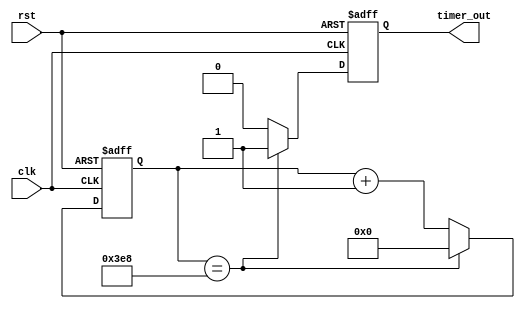
module IntervalTimer (
    input wire clk,
    input wire rst,
    output reg timer_out
);

reg [15:0] counter;
parameter INTERVAL = 1000; // Interval value

always @(posedge clk or posedge rst) begin
    if (rst) begin
        counter <= 0;
        timer_out <= 0;
    end else begin
        if (counter == INTERVAL) begin
            timer_out <= 1;
            counter <= 0;
        end else begin
            counter <= counter + 1;
            timer_out <= 0;
        end
    end
end

endmodule